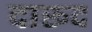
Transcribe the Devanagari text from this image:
दारूद